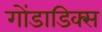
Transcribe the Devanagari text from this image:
गोंडाडिक्‍स